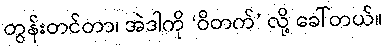
တွန်းတင်တာ၊ အဲဒါကို ‘ဝိတက်’ လို့ ခေါ်တယ်။